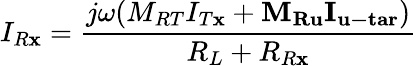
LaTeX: {I_{R\mathbf{x}}}=\frac{{{j\omega({M_{RT}}{I_{T\mathbf{x}}}+{{\mathbf{{M}}}_{{\mathbf{{Ru}}}}}{{\mathbf{{I}}}_{{\mathbf{{u-tar}}}}})}}}{{{{R_{L}}+{R_{R\mathbf{x}}}}}}